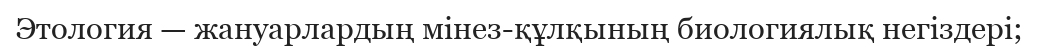
Этология — жануарлардың мінез-құлқының биологиялық негіздері;